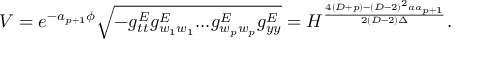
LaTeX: V = e ^ { - a _ { p + 1 } \phi } \sqrt { - g _ { t t } ^ { E } g _ { w _ { 1 } w _ { 1 } } ^ { E } . . . g _ { w _ { p } w _ { p } } ^ { E } g _ { y y } ^ { E } } = H ^ { \frac { 4 ( D + p ) - ( D - 2 ) ^ { 2 } a a _ { p + 1 } } { 2 ( D - 2 ) \Delta } } .